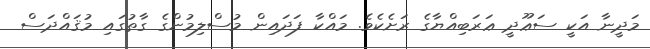
މަދީނާ އަކީ ސަޢޫދީ ޢަރަބިއްޔާގެ ރަށެކެވެ. މައްކާ ފަދައިން މުސްލިމުންގެ ގާތުގައި މުޤައްދަސް